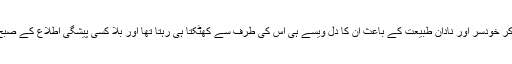
اپنی اس بیٹی کی معاملات میں جلدباز، کام میں سست ، جی بھر کر خودسر اور نادان طبیعت کے باعث ان کا دل ویسے ہی اس کی طرف سے کھٹکتا ہی رہتا تھا اور بلا کسی پیشگی اطلاع کے صبح صبح یوں رکشہ پکڑ کر آ جانا ویسے ہی کئی سوال اٹھا رہا تھا۔